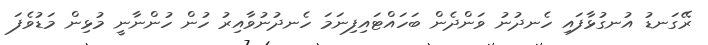
ރޭގަނޑު އުނގުޅާފައި ހެނދުނު ވަންދެން ބަހައްޓައިފިނަމަ ހެނދުނުވާއިރު ހުން ހުންނާނީ މުޅިން މަޑުވެފަ